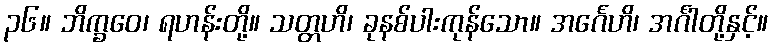
၃၆။ ဘိက္ခဝေ၊ ရဟန်းတို့။ သတ္တဟိ၊ ခုနစ်ပါးကုန်သော။ အင်္ဂေဟိ၊ အင်္ဂါတို့နှင့်။